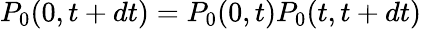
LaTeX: P_{0}(0,t+dt)=P_{0}(0,t)P_{0}(t,t+dt)